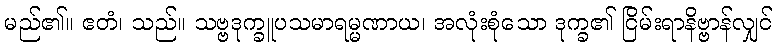
မည်၏။ ဧတံ၊ သည်။ သဗ္ဗဒုက္ခူပသမာရမ္မဏာယ၊ အလုံးစုံသော ဒုက္ခ၏ ငြိမ်းရာနိဗ္ဗာန်လျှင်